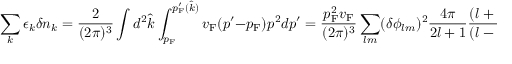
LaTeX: \sum _ { k } \epsilon _ { k } \delta n _ { k } = { \frac { 2 } { ( 2 \pi ) ^ { 3 } } } \int d ^ { 2 } { \hat { k } } \int _ { p _ { \mathrm { { F } } } } ^ { p _ { \mathrm { { F } } } ^ { \prime } ( { \hat { k } } ) } v _ { \mathrm { { F } } } ( p ^ { \prime } - p _ { \mathrm { { F } } } ) p ^ { 2 } d p ^ { \prime } = { \frac { p _ { \mathrm { { F } } } ^ { 2 } v _ { \mathrm { { F } } } } { ( 2 \pi ) ^ { 3 } } } \sum _ { l m } ( \delta \phi _ { l m } ) ^ { 2 } { \frac { 4 \pi } { 2 l + 1 } } { \frac { ( l + m ) ! } { ( l - m ) ! } }